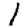
Digit: 1